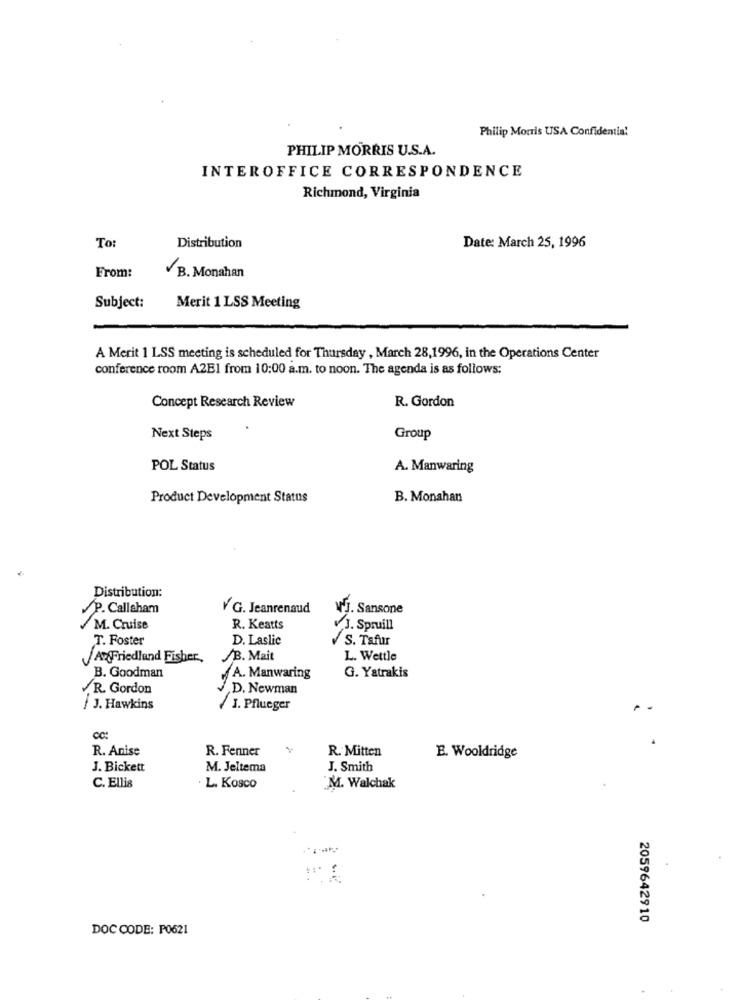
Philip Morris USA Confidential
PHILIP MORRIS U.S.A.
INTEROFFICE CORRESPONDENCE
Richmond, Virginia
To:
Distribution
Date: March 25, 1996
From:
B. Monahan
Subject:
Merit 1 LSS Meeting
A Merit 1 LSS meeting is scheduled for Thursday , March 28,1996, in the Operations Center
conference room A2E1 from 10:00 a.m. to noon. The agenda is as follows:
Concept Research Review
R. Gordon
Next Steps
Group
POL Status
A. Manwaring
Product Development Status
B. Monahan
Distribution:
P. Callaham
VG. Jeanrenaud
NJ. Sansone
M. Cruise
R. Keatts
J. Spruill
T. Foster
D. Laslic
S. Tafur
A Friedland Fisher,
/B. Mait
L. Wettle
B. Goodman
A. Manwaring
G. Yatrakis
R. Gordon
D. Newman
J. Hawkins
J. Pflueger
R. Anise
R. Fenner
R. Mitten
E. Wooldridge
J. Bickett
M. Jeltema
J. Smith
C. Ellis
L. Kosco
M. Walchak
2059642910
DOC CODE: P0621